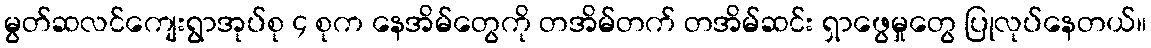
မွတ်ဆလင်ကျေးရွာအုပ်စု ၄ စုက နေအိမ်တွေကို တအိမ်တက် တအိမ်ဆင်း ရှာဖွေမှုတွေ ပြုလုပ်နေတယ်။